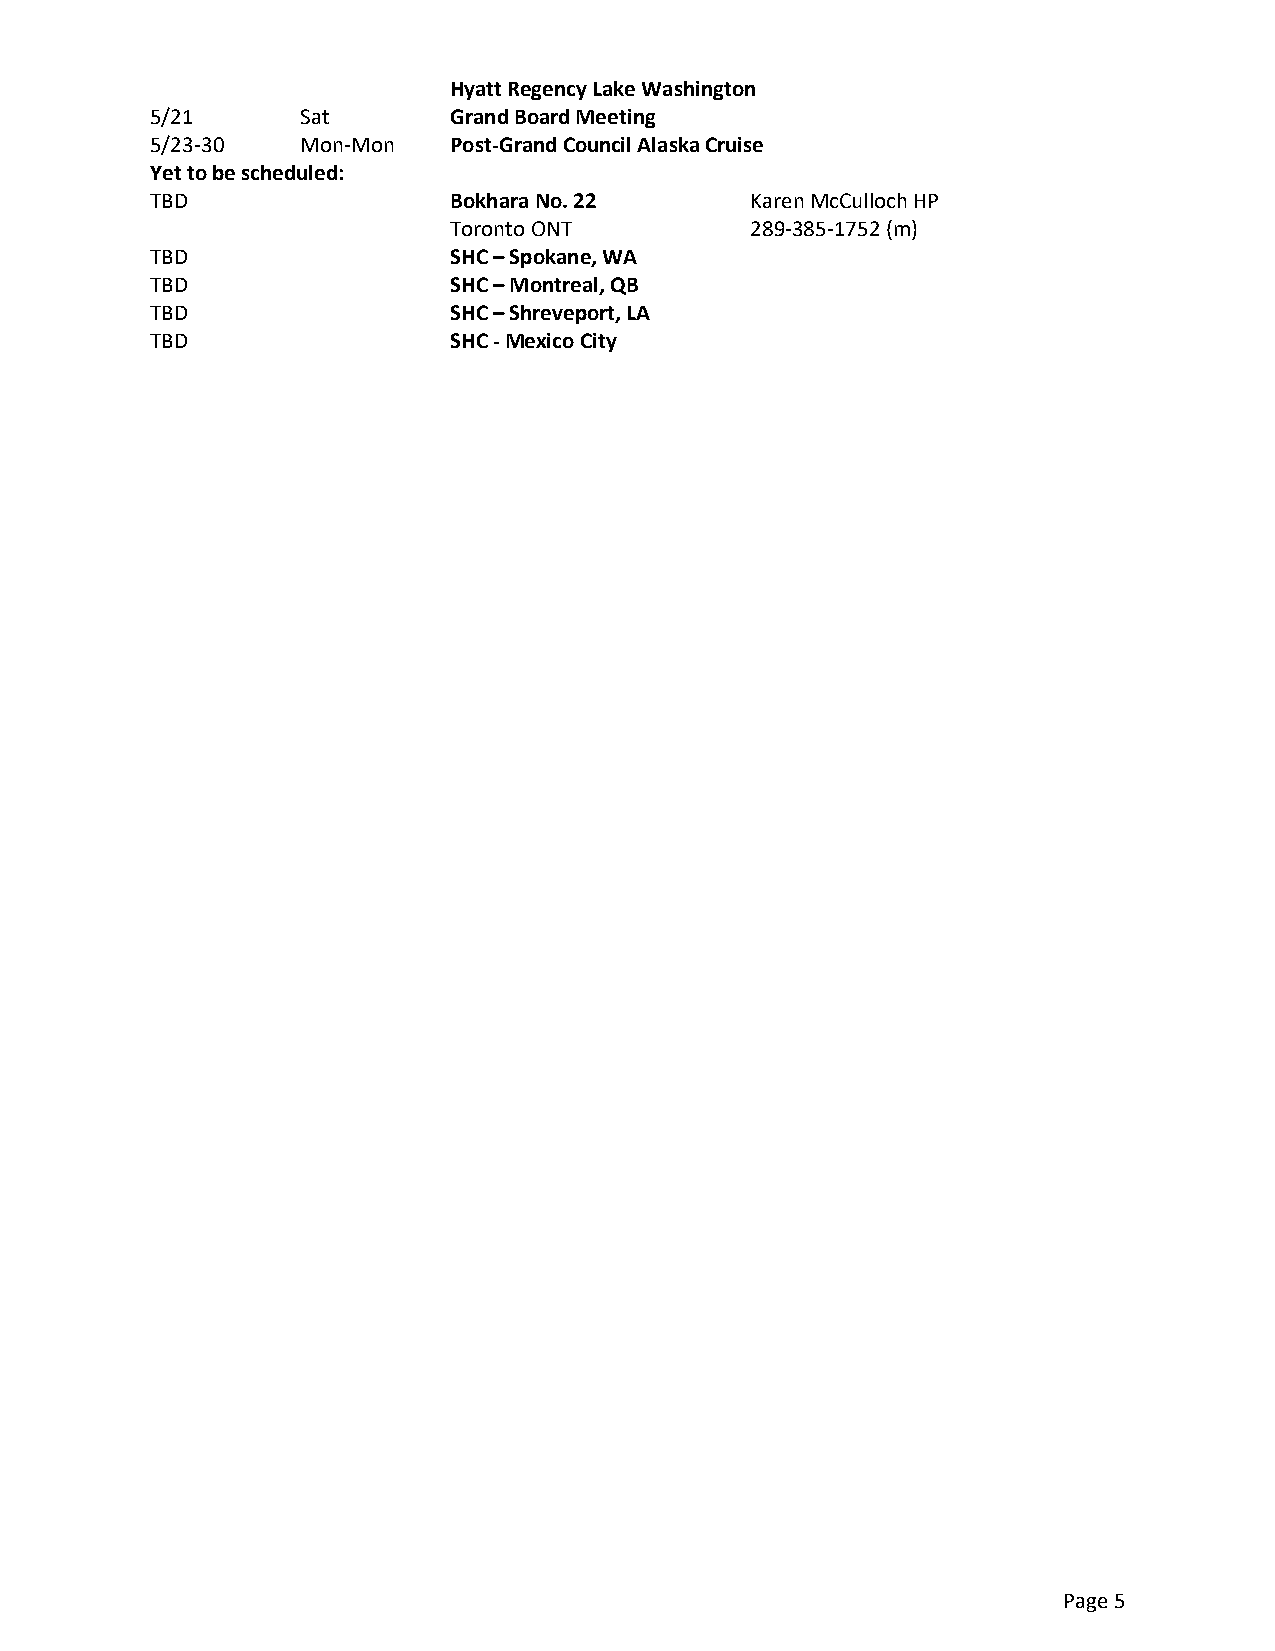
Hyatt Regency Lake Washington
 5/21      Sat       Grand Board Meeting
 5/23-30   Mon-Mon   Post-Grand Council Alaska Cruise
 Yet to be scheduled:
 TBD                 Bokhara No. 22      Karen McCulloch HP
 Toronto ONT         289-385-1752 (m)
 TBD                 SHC – Spokane, WA
 TBD                 SHC – Montreal, QB
 TBD                 SHC – Shreveport, LA
 TBD                 SHC - Mexico City
 Page 5